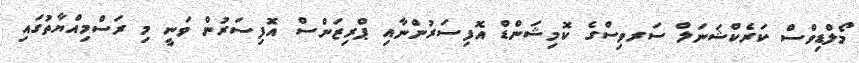
މޯލްޑިވްސް ކަރެކްޝަނަލް ސަރވިސްގެ ކޮމިޝަންޑް އޮފިސަރުންނާއި ޕްރިޒަންސް އޮފިސަރުން ވަނީ މި ރަސްމިއްޔާތުގައި